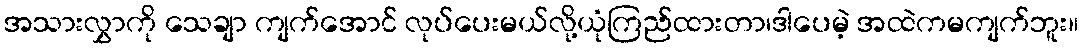
အသားလွှာကို သေချာ ကျက်အောင် လုပ်ပေးမယ်လို့ယုံကြည်ထားတာ၊ဒါပေမဲ့ အထဲကမကျက်ဘူး။